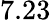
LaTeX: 7.23